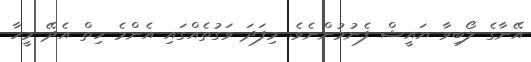
އޭނާގެ ލޯބިވާ ޔައީޝް ފެނުމުންނެވެ. މިފަދަ ވަގުތެއްގައި އެންމެ ހިތް އެދޭ މީހާ